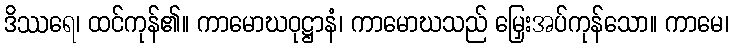
ဒိဿရေ၊ ထင်ကုန်၏။ ကာမောဃဝုဋ္ဌာနံ၊ ကာမောဃသည် မြှေးအပ်ကုန်သော။ ကာမေ၊